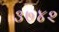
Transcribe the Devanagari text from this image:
३७४२